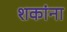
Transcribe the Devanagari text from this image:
शकांना